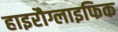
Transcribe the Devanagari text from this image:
हाइरौग्लाइफिक